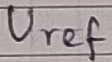
Text: Uref